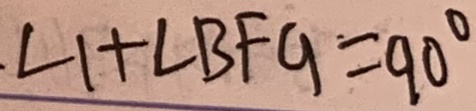
. \angle 1 + \angle B F G = 9 0 ^ { \circ }